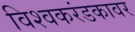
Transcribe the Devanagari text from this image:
विश्वकरंडकावर